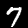
Digit: 7